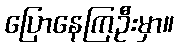
ပြောနေကြဦးမှာ။